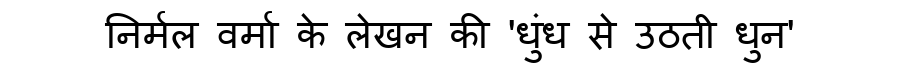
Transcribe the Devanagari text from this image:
निर्मल वर्मा के लेखन की 'धुंध से उठती धुन'